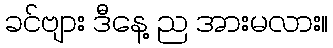
ခင်ဗျား ဒီနေ့ ည အားမလား။